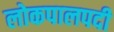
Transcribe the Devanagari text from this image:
लोकपालपदी